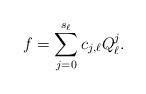
LaTeX: \begin{align*}f=\sum\limits_{j=0}^{s_\ell }c_{j,\ell}Q_\ell ^j.\end{align*}